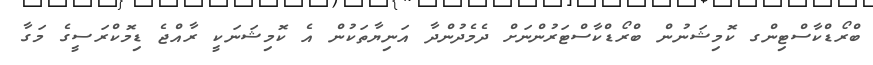
ބްރޯޑްކާސްޓިންގ ކޮމިޝަނުން ބްރޯޑްކާސްޓަރުންނަށް ދެމެދުންދާ އަނިޔާތަކުން އެ ކޮމިޝަނަކީ ރާއްޖެ ޑިމޮކްރަސީގެ މަގާ